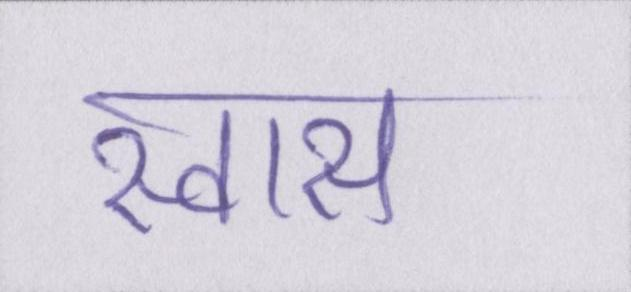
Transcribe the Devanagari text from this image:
स्वास